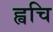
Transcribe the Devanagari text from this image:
ह्वचि